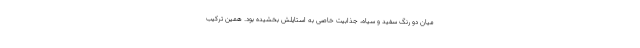
میان دو رنگ سفید و سیاه، جذابیت خاصی به استایلش بخشیده بود. همین ترکیب